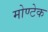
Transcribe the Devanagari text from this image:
मोण्टेक